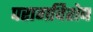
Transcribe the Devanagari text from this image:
परागविशेष